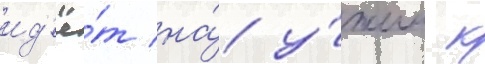
ид'ё́т на́ у́жин к